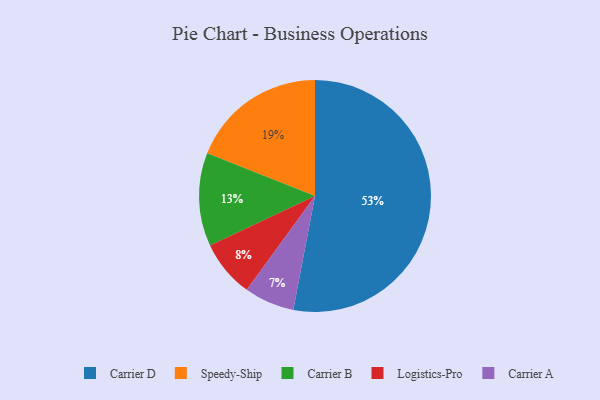
{"axis": {"x": "Category", "y": "Percentage"}, "legend": ["Carrier A", "Carrier B", "Carrier D", "Logistics-Pro", "Speedy-Ship"], "data": [{"x": "Speedy-Ship", "y": 19, "type": "Speedy-Ship"}, {"x": "Carrier A", "y": 7, "type": "Carrier A"}, {"x": "Carrier D", "y": 53, "type": "Carrier D"}, {"x": "Logistics-Pro", "y": 8, "type": "Logistics-Pro"}, {"x": "Carrier B", "y": 13, "type": "Carrier B"}]}